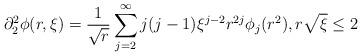
LaTeX: \begin{align*} \partial_{2}^{2}\phi(r,\xi) = \frac{1}{\sqrt{r}} \sum_{j=2}^{\infty} j(j-1)\xi^{j-2} r^{2j}\phi_{j}(r^{2}), r \sqrt{\xi} \leq 2\end{align*}